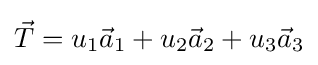
{\vec {T}}=u_{1}{\vec {a}}_{1}+u_{2}{\vec {a}}_{2}+u_{3}{\vec {a}}_{3}